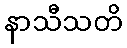
နာသီသတိ